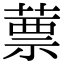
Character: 蔈